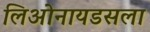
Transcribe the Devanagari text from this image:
लिओनायडसला